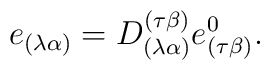
e_{(\lambda \alpha)}=D^{(\tau\beta)}_{(\lambda \alpha)}e^{0}_{(\tau\beta)}.